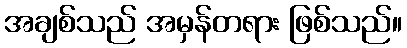
အချစ်သည် အမှန်တရား ဖြစ်သည်။